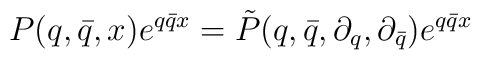
P(q,\bar{q},x)e^{q\bar{q}x}= \tilde{P}(q,\bar{q},\partial_q,\partial_{\bar{q}})e^{q\bar{q}x}